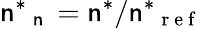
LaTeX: {\mathsf{n}^{\ast}}_{\mathrm{{~\mathsf{n}~}}}=\mathsf{n}^{\ast}/{\mathsf{n}^{\ast}}_{\mathrm{{~r~e~f~}}}